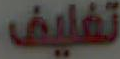
تغليف